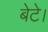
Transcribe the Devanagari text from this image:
बेटे।